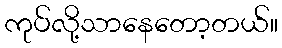
ကုပ်လို့သာနေတော့တယ်။